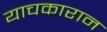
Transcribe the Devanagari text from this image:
याचकारान